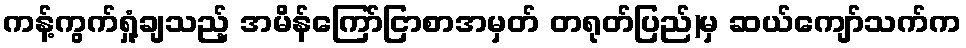
ကန့်ကွက်ရှုံ့ချသည့် အမိန်ကြော်ငြာစာအမှတ် တရုတ်ပြည်)မှ ဆယ်ကျော်သက်က